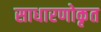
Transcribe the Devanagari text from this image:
साधारणोकृत